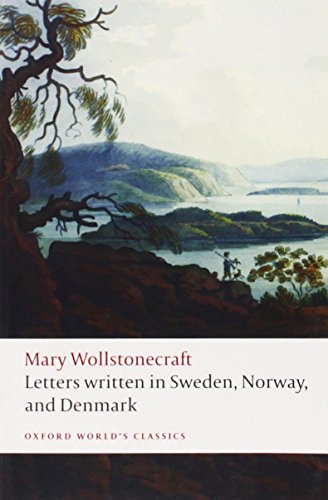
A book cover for Letters written in Sweden, Norway, and Denmark (Oxford World's Classics); Mary Wollstonecraft; Biographies & Memoirs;